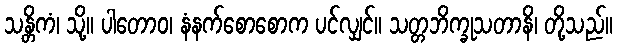
သန္တိကံ၊ သို့။ ပါတောဝ၊ နံနက်စောစောက ပင်လျှင်။ သတ္တဘိက္ခုသတာနိ၊ တို့သည်။